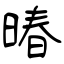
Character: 暙